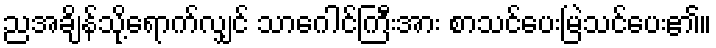
ညအချိန်သို့ရောက်လျှင် သာဂေါင်ကြီးအား စာသင်ပေးမြဲသင်ပေး၏။